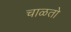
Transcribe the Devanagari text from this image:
चाळतो